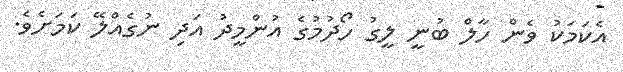
އެކަމަކު ވެން ހާލް ބުނީ ލީގު ހޯދުމުގެ އުންމީދު އަދި ނުގެއްލޭ ކަމަށެވެ.